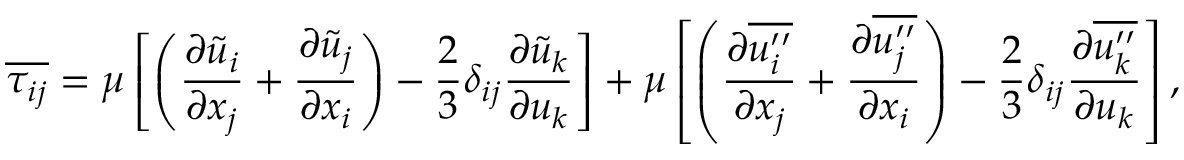
\overline { { \tau _ { i j } } } = \mu \left[ \left( \frac { \partial \Tilde { u } _ { i } } { \partial x _ { j } } + \frac { \partial \Tilde { u } _ { j } } { \partial x _ { i } } \right) - \frac { 2 } { 3 } \delta _ { i j } \frac { \partial \Tilde { u } _ { k } } { \partial u _ { k } } \right] + \mu \left[ \left( \frac { \partial \overline { { u _ { i } ^ { \prime \prime } } } } { \partial x _ { j } } + \frac { \partial \overline { { u _ { j } ^ { \prime \prime } } } } { \partial x _ { i } } \right) - \frac { 2 } { 3 } \delta _ { i j } \frac { \partial \overline { { u _ { k } ^ { \prime \prime } } } } { \partial u _ { k } } \right] ,